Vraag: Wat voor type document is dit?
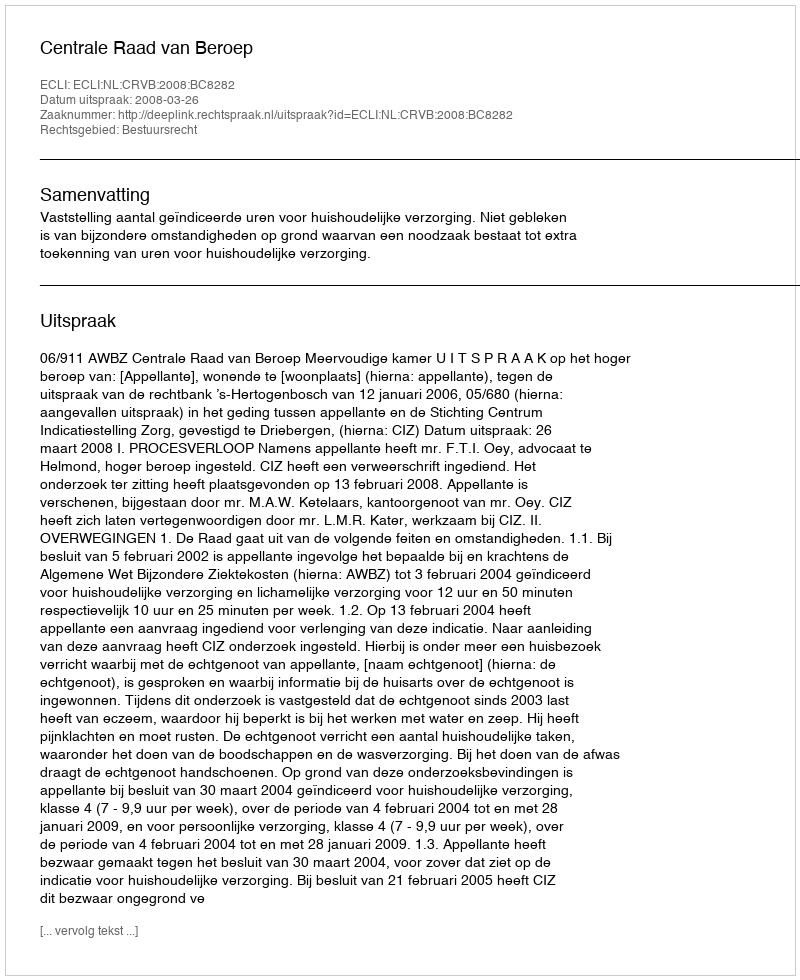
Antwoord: Uitspraak